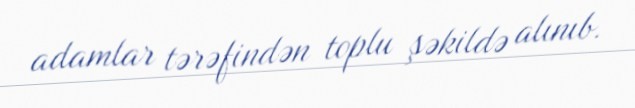
adamlar tərəfindən toplu şəkildə alınıb.